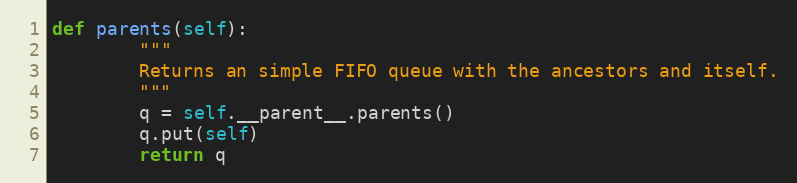
Language: Python
def parents(self):
        """
        Returns an simple FIFO queue with the ancestors and itself.
        """
        q = self.__parent__.parents()
        q.put(self)
        return q